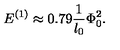
E ^ { ( 1 ) } \approx 0 . 7 9 \frac { 1 } { l _ { 0 } } \Phi _ { 0 } ^ { 2 } .